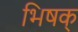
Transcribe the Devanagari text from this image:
भिषक्